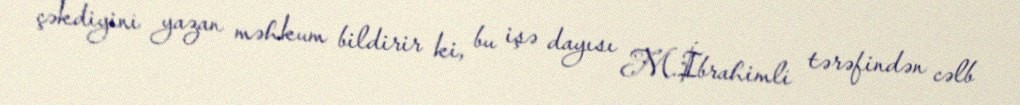
çəkdiyini yazan məhkum bildirir ki, bu işə dayısı M.İbrahimli tərəfindən cəlb